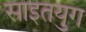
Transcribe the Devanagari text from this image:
साइतयुग